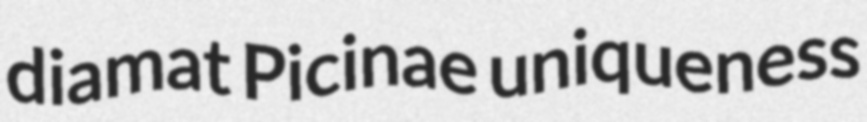
diamat Picinae uniqueness